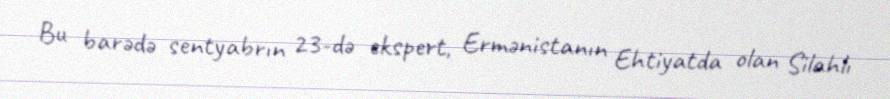
Bu barədə sentyabrın 23-də ekspert, Ermənistanın Ehtiyatda olan Silahlı